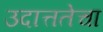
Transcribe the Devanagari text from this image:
उदात्ततेचा